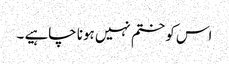
اس کو ختم نہیں ہونا چاہیے ۔